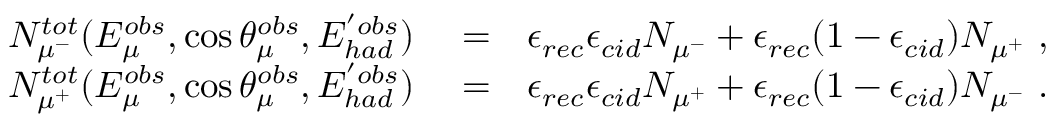
\begin{array} { r l r } { N _ { \mu ^ { - } } ^ { t o t } ( E _ { \mu } ^ { o b s } , \cos \theta _ { \mu } ^ { o b s } , E _ { h a d } ^ { ' o b s } ) } & { { } = } & { \epsilon _ { r e c } \epsilon _ { c i d } N _ { \mu ^ { - } } + \epsilon _ { r e c } ( 1 - \epsilon _ { c i d } ) N _ { \mu ^ { + } } ~ , } \\ { N _ { \mu ^ { + } } ^ { t o t } ( E _ { \mu } ^ { o b s } , \cos \theta _ { \mu } ^ { o b s } , E _ { h a d } ^ { ' o b s } ) } & { { } = } & { \epsilon _ { r e c } \epsilon _ { c i d } N _ { \mu ^ { + } } + \epsilon _ { r e c } ( 1 - \epsilon _ { c i d } ) N _ { \mu ^ { - } } ~ . } \end{array}